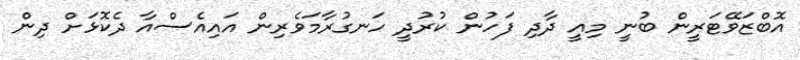
އޮބްޒަވޭޓަރީން ބުނީ މިއީ ދާދި ފަހުން ކުރުދީ ހަނގުރާމަވެރިން އައިއެސްއާ ދެކޮޅަށް ދިން